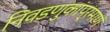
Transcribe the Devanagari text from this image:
निवडणुकांप्रमाणे